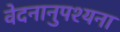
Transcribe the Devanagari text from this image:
वेदनानुपश्यना